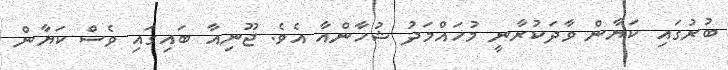
ބުރުގައި ކަޔާން ވާދަކުރާނީ މުހައްމަދު ޝުހާންއާ އެވެ. ޖޫނިއާ ބައިގައި ވެސް ކަޔާން